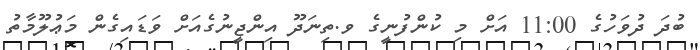
ބުދަ ދުވަހުގެ 11:00 އަށް މި ކުންފުނީގެ ވ.ތިނަދޫ އިންޖީނުގެއަށް ވަޑައިގެން މަޢުލޫމާތު